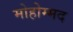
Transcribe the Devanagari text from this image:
मोहोम्मद